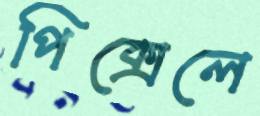
পিক্সেলে